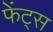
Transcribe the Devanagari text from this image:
फेंट्स